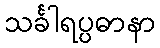
သင်္ခါရပ္ပဓာနာ